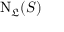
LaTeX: \mathrm { N } _ { \mathfrak { L } } ( S )